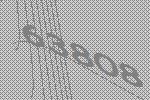
63808